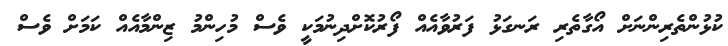
ކުޅުންތެރިންނަށް އޯގާތެރި ރަނގަޅު ފަރުވާއެއް ފޯރުކޮށްދިނުމަކީ ވެސް މުހިންމު ޒިންމާއެއް ކަމަށް ވެސް